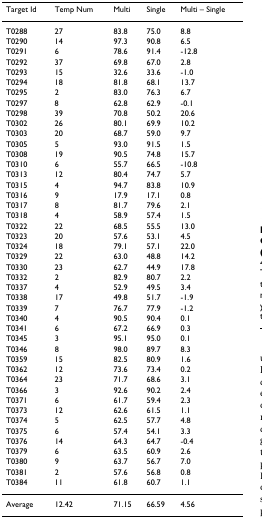
<table><thead><tr><td><b>Target Id</b></td><td><b>Temp Num</b></td><td><b>Multi</b></td><td><b>Single</b></td><td><b>Multi – Single</b></td></tr></thead><tbody><tr><td>T0288</td><td>27</td><td>83.8</td><td>75.0</td><td>8.8</td></tr><tr><td>T0290</td><td>14</td><td>97.3</td><td>90.8</td><td>6.5</td></tr><tr><td>T0291</td><td>6</td><td>78.6</td><td>91.4</td><td>-12.8</td></tr><tr><td>T0292</td><td>37</td><td>69.8</td><td>67.0</td><td>2.8</td></tr><tr><td>T0293</td><td>15</td><td>32.6</td><td>33.6</td><td>-1.0</td></tr><tr><td>T0294</td><td>18</td><td>81.8</td><td>68.1</td><td>13.7</td></tr><tr><td>T0295</td><td>2</td><td>83.0</td><td>76.3</td><td>6.7</td></tr><tr><td>T0297</td><td>8</td><td>62.8</td><td>62.9</td><td>-0.1</td></tr><tr><td>T0298</td><td>39</td><td>70.8</td><td>50.2</td><td>20.6</td></tr><tr><td>T0302</td><td>26</td><td>80.1</td><td>69.9</td><td>10.2</td></tr><tr><td>T0303</td><td>20</td><td>68.7</td><td>59.0</td><td>9.7</td></tr><tr><td>T0305</td><td>5</td><td>93.0</td><td>91.5</td><td>1.5</td></tr><tr><td>T0308</td><td>19</td><td>90.5</td><td>74.8</td><td>15.7</td></tr><tr><td>T0310</td><td>6</td><td>55.7</td><td>66.5</td><td>-10.8</td></tr><tr><td>T0313</td><td>12</td><td>80.4</td><td>74.7</td><td>5.7</td></tr><tr><td>T0315</td><td>4</td><td>94.7</td><td>83.8</td><td>10.9</td></tr><tr><td>T0316</td><td>9</td><td>17.9</td><td>17.1</td><td>0.8</td></tr><tr><td>T0317</td><td>8</td><td>81.7</td><td>79.6</td><td>2.1</td></tr><tr><td>T0318</td><td>4</td><td>58.9</td><td>57.4</td><td>1.5</td></tr><tr><td>T0322</td><td>22</td><td>68.5</td><td>55.5</td><td>13.0</td></tr><tr><td>T0323</td><td>20</td><td>57.6</td><td>53.1</td><td>4.5</td></tr><tr><td>T0324</td><td>18</td><td>79.1</td><td>57.1</td><td>22.0</td></tr><tr><td>T0329</td><td>22</td><td>63.0</td><td>48.8</td><td>14.2</td></tr><tr><td>T0330</td><td>23</td><td>62.7</td><td>44.9</td><td>17.8</td></tr><tr><td>T0332</td><td>2</td><td>82.9</td><td>80.7</td><td>2.2</td></tr><tr><td>T0337</td><td>4</td><td>52.9</td><td>49.5</td><td>3.4</td></tr><tr><td>T0338</td><td>17</td><td>49.8</td><td>51.7</td><td>-1.9</td></tr><tr><td>T0339</td><td>7</td><td>76.7</td><td>77.9</td><td>-1.2</td></tr><tr><td>T0340</td><td>4</td><td>90.5</td><td>90.4</td><td>0.1</td></tr><tr><td>T0341</td><td>6</td><td>67.2</td><td>66.9</td><td>0.3</td></tr><tr><td>T0345</td><td>3</td><td>95.1</td><td>95.0</td><td>0.1</td></tr><tr><td>T0346</td><td>8</td><td>98.0</td><td>89.7</td><td>8.3</td></tr><tr><td>T0359</td><td>15</td><td>82.5</td><td>80.9</td><td>1.6</td></tr><tr><td>T0362</td><td>12</td><td>73.6</td><td>73.4</td><td>0.2</td></tr><tr><td>T0364</td><td>23</td><td>71.7</td><td>68.6</td><td>3.1</td></tr><tr><td>T0366</td><td>3</td><td>92.6</td><td>90.2</td><td>2.4</td></tr><tr><td>T0371</td><td>6</td><td>61.7</td><td>59.4</td><td>2.3</td></tr><tr><td>T0373</td><td>12</td><td>62.6</td><td>61.5</td><td>1.1</td></tr><tr><td>T0374</td><td>5</td><td>62.5</td><td>57.7</td><td>4.8</td></tr><tr><td>T0375</td><td>6</td><td>57.4</td><td>54.1</td><td>3.3</td></tr><tr><td>T0376</td><td>14</td><td>64.3</td><td>64.7</td><td>-0.4</td></tr><tr><td>T0379</td><td>6</td><td>63.5</td><td>60.9</td><td>2.6</td></tr><tr><td>T0380</td><td>9</td><td>63.7</td><td>56.7</td><td>7.0</td></tr><tr><td>T0381</td><td>2</td><td>57.6</td><td>56.8</td><td>0.8</td></tr><tr><td>T0384</td><td>11</td><td>61.8</td><td>60.7</td><td>1.1</td></tr><tr><td>Average</td><td>12.42</td><td>71.15</td><td>66.59</td><td>4.56</td></tr></tbody></table>